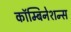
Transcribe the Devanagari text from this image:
कॉम्बिनेशन्स